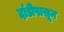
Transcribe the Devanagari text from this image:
दांडीपासून